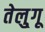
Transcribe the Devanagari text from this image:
तेलु्गू